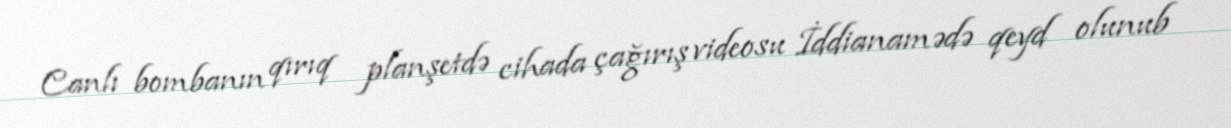
Canlı bombanın qırıq planşetdə cihada çağırış videosu İddianamədə qeyd olunub